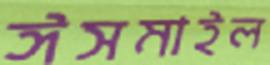
ঈসমাইল